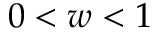
0 < w < 1